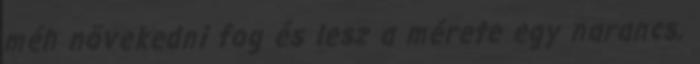
méh növekedni fog és lesz a mérete egy narancs.